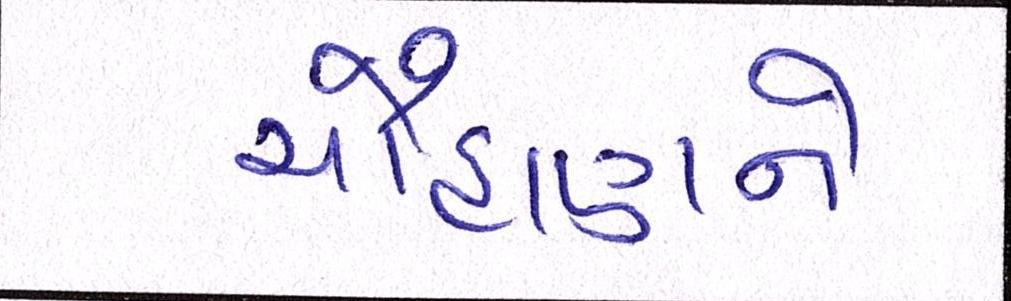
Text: ચૌહાણને